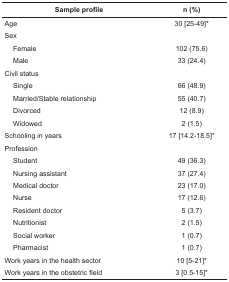
<table><thead><tr><td colspan="2"><b>Sample profile</b></td><td><b>n (%)</b></td></tr></thead><tbody><tr><td colspan="2"> Age</td><td> 30 [25-49]*</td></tr><tr><td colspan="2"> Sex</td><td></td></tr><tr><td></td><td> Female</td><td> 102 (75.6)</td></tr><tr><td></td><td> Male</td><td> 33 (24.4)</td></tr><tr><td colspan="2"> Civil status</td><td></td></tr><tr><td></td><td> Single</td><td> 66 (48.9)</td></tr><tr><td></td><td> Married/Stable relationship</td><td> 55 (40.7)</td></tr><tr><td></td><td> Divorced</td><td> 12 (8.9)</td></tr><tr><td></td><td> Widowed</td><td> 2 (1.5)</td></tr><tr><td colspan="2"> Schooling in years</td><td> 17 [14.2-18.5]*</td></tr><tr><td colspan="2"> Profession </td><td></td></tr><tr><td></td><td> Student</td><td> 49 (36.3)</td></tr><tr><td></td><td> Nursing assistant</td><td> 37 (27.4)</td></tr><tr><td></td><td> Medical doctor</td><td> 23 (17.0)</td></tr><tr><td></td><td> Nurse</td><td> 17 (12.6)</td></tr><tr><td></td><td> Resident doctor</td><td> 5 (3.7)</td></tr><tr><td></td><td> Nutritionist</td><td> 2 (1.5)</td></tr><tr><td></td><td> Social worker</td><td> 1 (0.7)</td></tr><tr><td></td><td> Pharmacist</td><td> 1 (0.7)</td></tr><tr><td colspan="2"> Work years in the health sector</td><td> 10 [5-21]*</td></tr><tr><td colspan="2"> Work years in the obstetric field</td><td> 3 [0.5-15]*</td></tr></tbody></table>